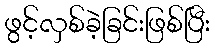
ဖွင့်လှစ်ခဲ့ခြင်းဖြစ်ပြီး